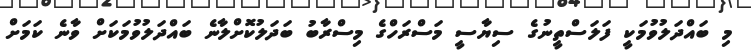
މި ބައްދަލުވުމަކީ ފަލަސްތީނުގެ ސިޔާސީ މަސްރަހްގެ މިސްރާބު ބަދަލުކޮށްލާނެ ބައްދަލުވުމަކަށް ވާނެ ކަމަށް